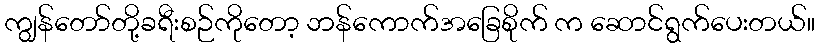
ကျွန်တော်တို့ခရီးစဉ်ကိုတော့ ဘန်ကောက်အခြေစိုက် က ဆောင်ရွက်ပေးတယ်။